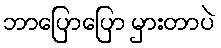
ဘာပြောပြော မှားတာပဲ